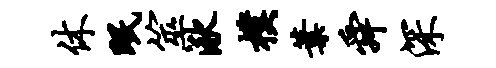
休眠筮湫朴叶舜深